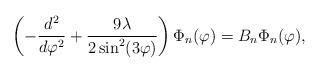
\begin{align*}\left( -\frac{d^{2}}{d\varphi ^{2}}+\frac{9\lambda }{2\sin^{2}(3\varphi )}\right) \Phi_n (\varphi )=B_n\Phi_n (\varphi ), \end{align*}